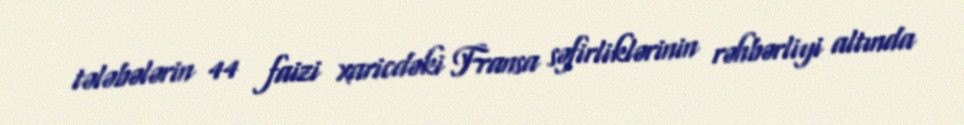
tələbələrin 44 faizi xaricdəki Fransa səfirliklərinin rəhbərliyi altında